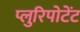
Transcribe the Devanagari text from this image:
प्लुरिपोटेंट